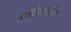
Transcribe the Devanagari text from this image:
मोबिलायझिंग